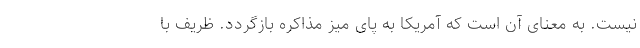
نیست. به معنای آن است که آمریکا به پای میز مذاکره بازگردد. ظریف با